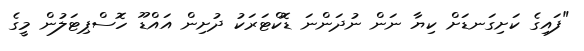
"ފައިގެ ކަށިގަނޑަށް ކިޔާ ނަން ނުދަންނަ ޑޮކްޓަރަކު ދުށިން އައްޑޫ ހޮސްޕިޓަލުން މީގެ